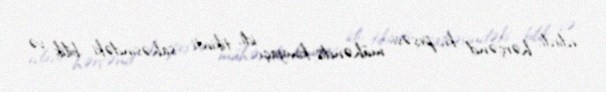
edirdi, hərçənd ki, peşəsi mühəndis-kimyaçı idi, tikinti sahəsindəki bilik və